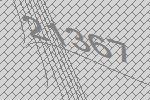
21367